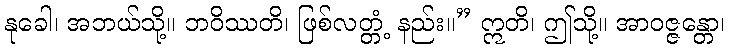
နုခေါ၊ အဘယ်သို့။ ဘဝိဿတိ၊ ဖြစ်လတ္တံ့ နည်း။” ဣတိ၊ ဤသို့။ အာဝဇ္ဇန္တော၊